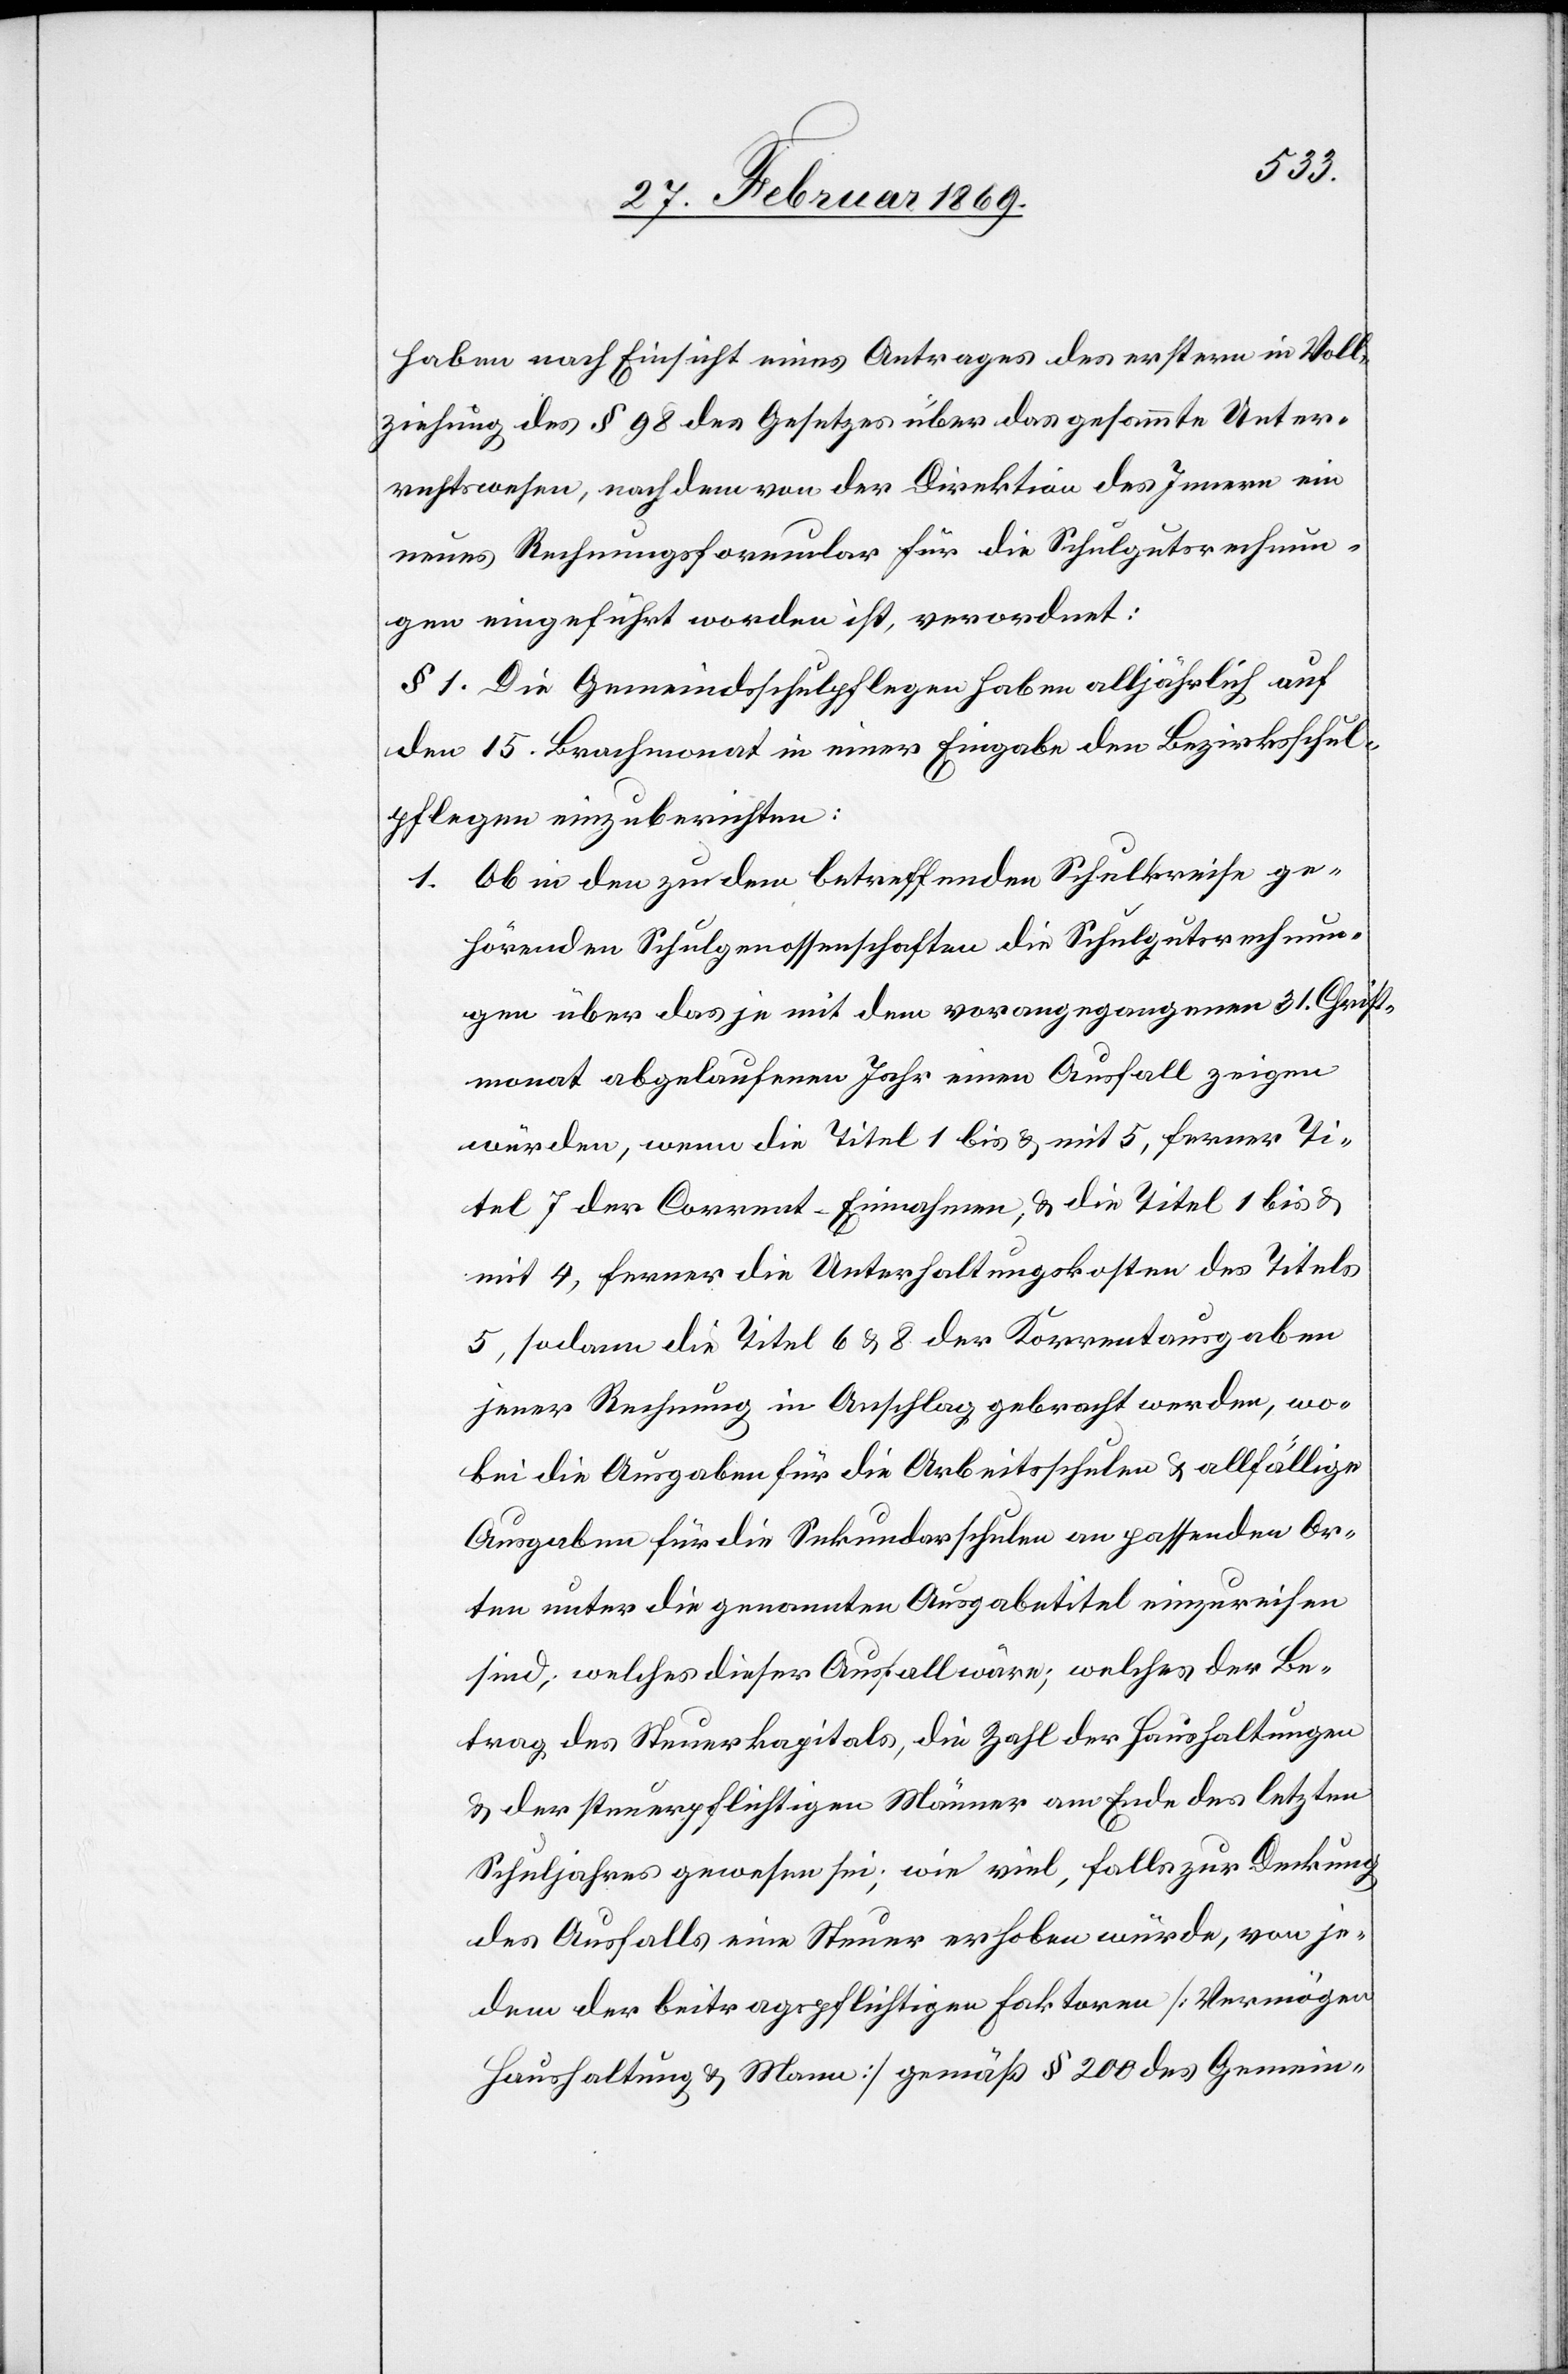
haben nach Einsicht eines Antrages des erstern in Voll¬
ziehung des § 98 des Gesetzes über das gesammte Unter¬
richtswesen, nach dem von der Direktion des Innern ein
neues Rechnungsformular für die Schulgutsrechnun¬
gen eingeführt worden ist, verordnet:
§ 1. Die Gemeindsschulpflegen haben alljährlich auf
den 15. Brachmonat in einer Eingabe den Bezirksschul¬
pflegen einzuberichten:
1. Ob in den zu dem betreffenden Schulkreise ge¬
hörenden Schulgenossenschaften die Schulgutsrechnun¬
gen über das je mit dem vorangegangenen 31. Christ¬
monat abgelaufenen Jahr einen Ausfall zeigen
würden, wenn die Titel 1 bis & mit 5, ferner Ti¬
tel 7 der Corrent-Einnahmen, & die Titel 1 bis &
mit 4, ferner die Unterhaltungskosten des Titels
5, sodann die Titel 6 & 8 der Korrentausgaben
jener Rechnung in Anschlag gebracht werden, wo¬
bei die Ausgaben für die Arbeitsschulen & allfällige
Ausgaben für die Sekundarschulen an passenden Or¬
ten unter die genannten Ausgabetitel einzureichen
sind; welches dieser Ausfall wäre; welches der Be¬
trag des Steuerkapitals, die Zahl der Haushaltungen
& der steuerpflichtigen Männer am Ende des letzten
Schuljahres gewesen sei, wie viel, falls zur Deckung
des Ausfalls eine Steuer erhoben würde, von je¬
dem der beitragspflichtigen Faktoren [Vermögen
Haushaltung & Mann] gemäß § 200 des Gemein-